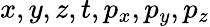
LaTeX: x,y,z,t,p_{x},p_{y},p_{z}